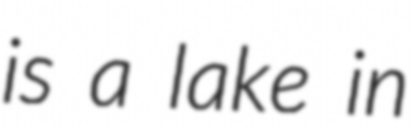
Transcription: is a lake in